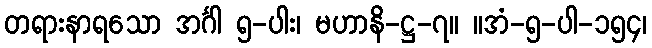
တရားနာရသော အင်္ဂါ ၅-ပါး၊ မဟာနိ-ဋ္ဌ-၇။ ။အံ-၅-ပါ-၁၅၄၊